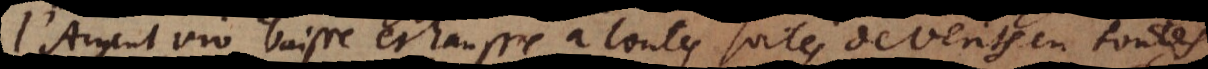
L’Argent viv baisse et hausse à toutes sortes de vents en toutes